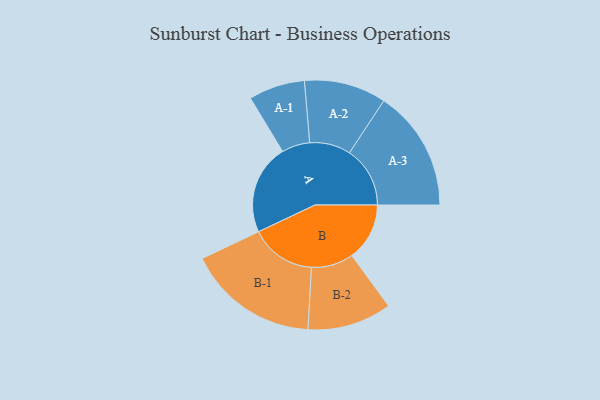
{"axis": {"x": "Segment", "y": "Value"}, "legend": ["", "A", "B"], "data": [{"x": "A", "y": 400, "type": ""}, {"x": "B", "y": 256, "type": ""}, {"x": "A-1", "y": 125, "type": "A"}, {"x": "A-2", "y": 182, "type": "A"}, {"x": "A-3", "y": 269, "type": "A"}, {"x": "B-1", "y": 292, "type": "B"}, {"x": "B-2", "y": 187, "type": "B"}]}